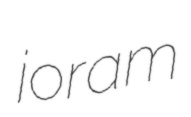
joram